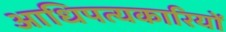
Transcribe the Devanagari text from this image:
आधिपत्यकारियों